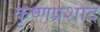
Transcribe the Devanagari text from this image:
कृष्णप्रशाद